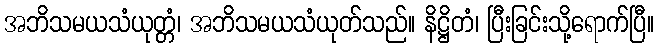
အဘိသမယသံယုတ္တံ၊ အဘိသမယသံယုတ်သည်။ နိဋ္ဌိတံ၊ ပြီးခြင်းသို့ရောက်ပြီ။